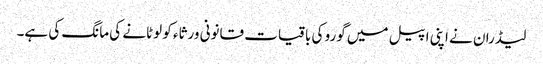
لیڈران نے اپنی اپیل میں گورو کی باقیات قانونی ورثاء کو لوٹانے کی مانگ کی ہے۔